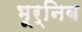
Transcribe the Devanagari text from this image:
भूर्निब